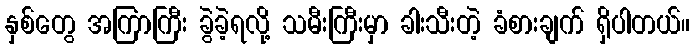
နှစ်တွေ အကြာကြီး ခွဲခဲ့ရလို့ သမီးကြီးမှာ ခါးသီးတဲ့ ခံစားချက် ရှိပါတယ်။